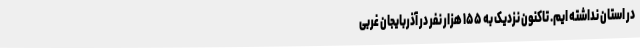
در استان نداشته ایم. تاکنون نزدیک به ۱۵۵ هزار نفر در آذربایجان غربی